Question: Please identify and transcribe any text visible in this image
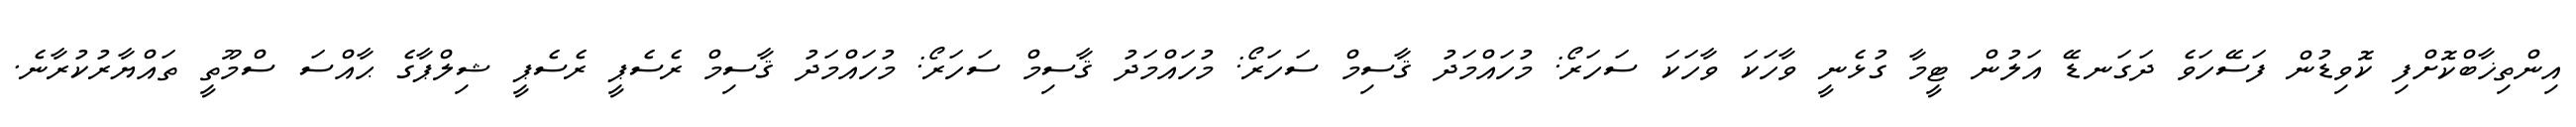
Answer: އިންތިޚާބްކޮށްފި ކޮވިޑުން ފަސޭހަވެ ދަގަނޑޭ އަލުން ޓީމާ ގުޅެނީ ވާހަކަ ވާހަކަ ސަހަރޯ: މުހައްމަދު ޤާސިމް ސަހަރޯ: މުހައްމަދު ޤާސިމް ސަހަރޯ: މުހައްމަދު ޤާސިމް ރެސެޕީ ރެސެޕީ ޝިލްޕާގެ ޙާއްސަ ސްމޫތީ ތައްޔާރުކުރާނެ.